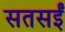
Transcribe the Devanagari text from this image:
सतसईं